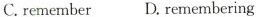
C.remember D.remembering